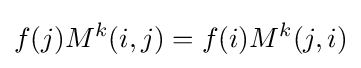
f(j)M^{k}(i,j)=f(i)M^{k}(j,i)